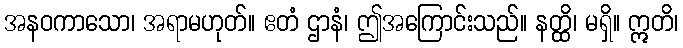
အနဝကာသော၊ အရာမဟုတ်။ ဧတံ ဌာနံ၊ ဤအကြောင်းသည်။ နတ္ထိ၊ မရှိ။ ဣတိ၊